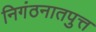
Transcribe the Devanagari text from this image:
निगंठनातपुत्त